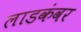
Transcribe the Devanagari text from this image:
लाडकंवर